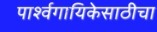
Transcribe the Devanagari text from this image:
पार्श्वगायिकेसाठीचा